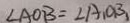
\angle A O B = \angle A _ { 1 } O _ { 1 } B _ { 1 }